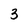
Character: 3